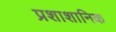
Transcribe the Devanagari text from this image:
प्रशाशानिक